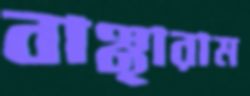
বাঞ্ছারাম